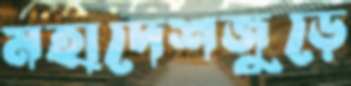
মহাদেশজুড়ে